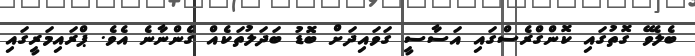
ބެލެވޭ ގޮތުގައި ކޮންގްރެސްގައި އަސާސީ ގަވައިދަށް ބޮޑު ބަދަލުތަކެއް ގެންނާނެ އެވެ. ޕްރައިމަރީގައި